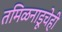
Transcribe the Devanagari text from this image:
तमिळनाडूचेही